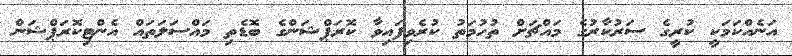
އަނެއްކަމަކީ ކުރީގެ ސަރުކާރުގެ މައްޗަށް ތުހުމަތު ކުރެވިފައިވާ ކޮރަޕްޝަންގެ ބޮޑެތި މައްސަލަތައް އެންޓިކޮރަޕްޝަން